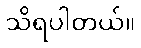
သိရပါတယ်။